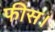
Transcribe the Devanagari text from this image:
फीस।